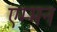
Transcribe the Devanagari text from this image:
एम्मन